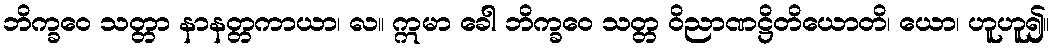
ဘိက္ခဝေ သတ္တာ နာနတ္တကာယာ၊ လ။ ဣမာ ခေါ ဘိက္ခဝေ သတ္တ ဝိညာဏဋ္ဌိတိယောတိ၊ ယော၊ ဟူဟူ၍။